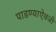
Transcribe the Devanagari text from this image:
पाडण्याऐवजी